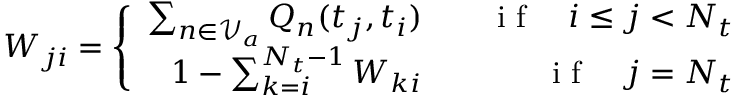
W _ { j i } = \left\{ \begin{array} { r l r } { \sum _ { n \in \mathcal { V } _ { a } } Q _ { n } ( t _ { j } , t _ { i } ) } & { { } } & { \mathrm { ~ i ~ f ~ } \quad i \leq j < N _ { t } } \\ { 1 - \sum _ { k = i } ^ { N _ { t } - 1 } W _ { k i } } & { { } } & { \mathrm { ~ i ~ f ~ } \quad j = N _ { t } } \end{array} \right.